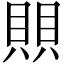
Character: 賏